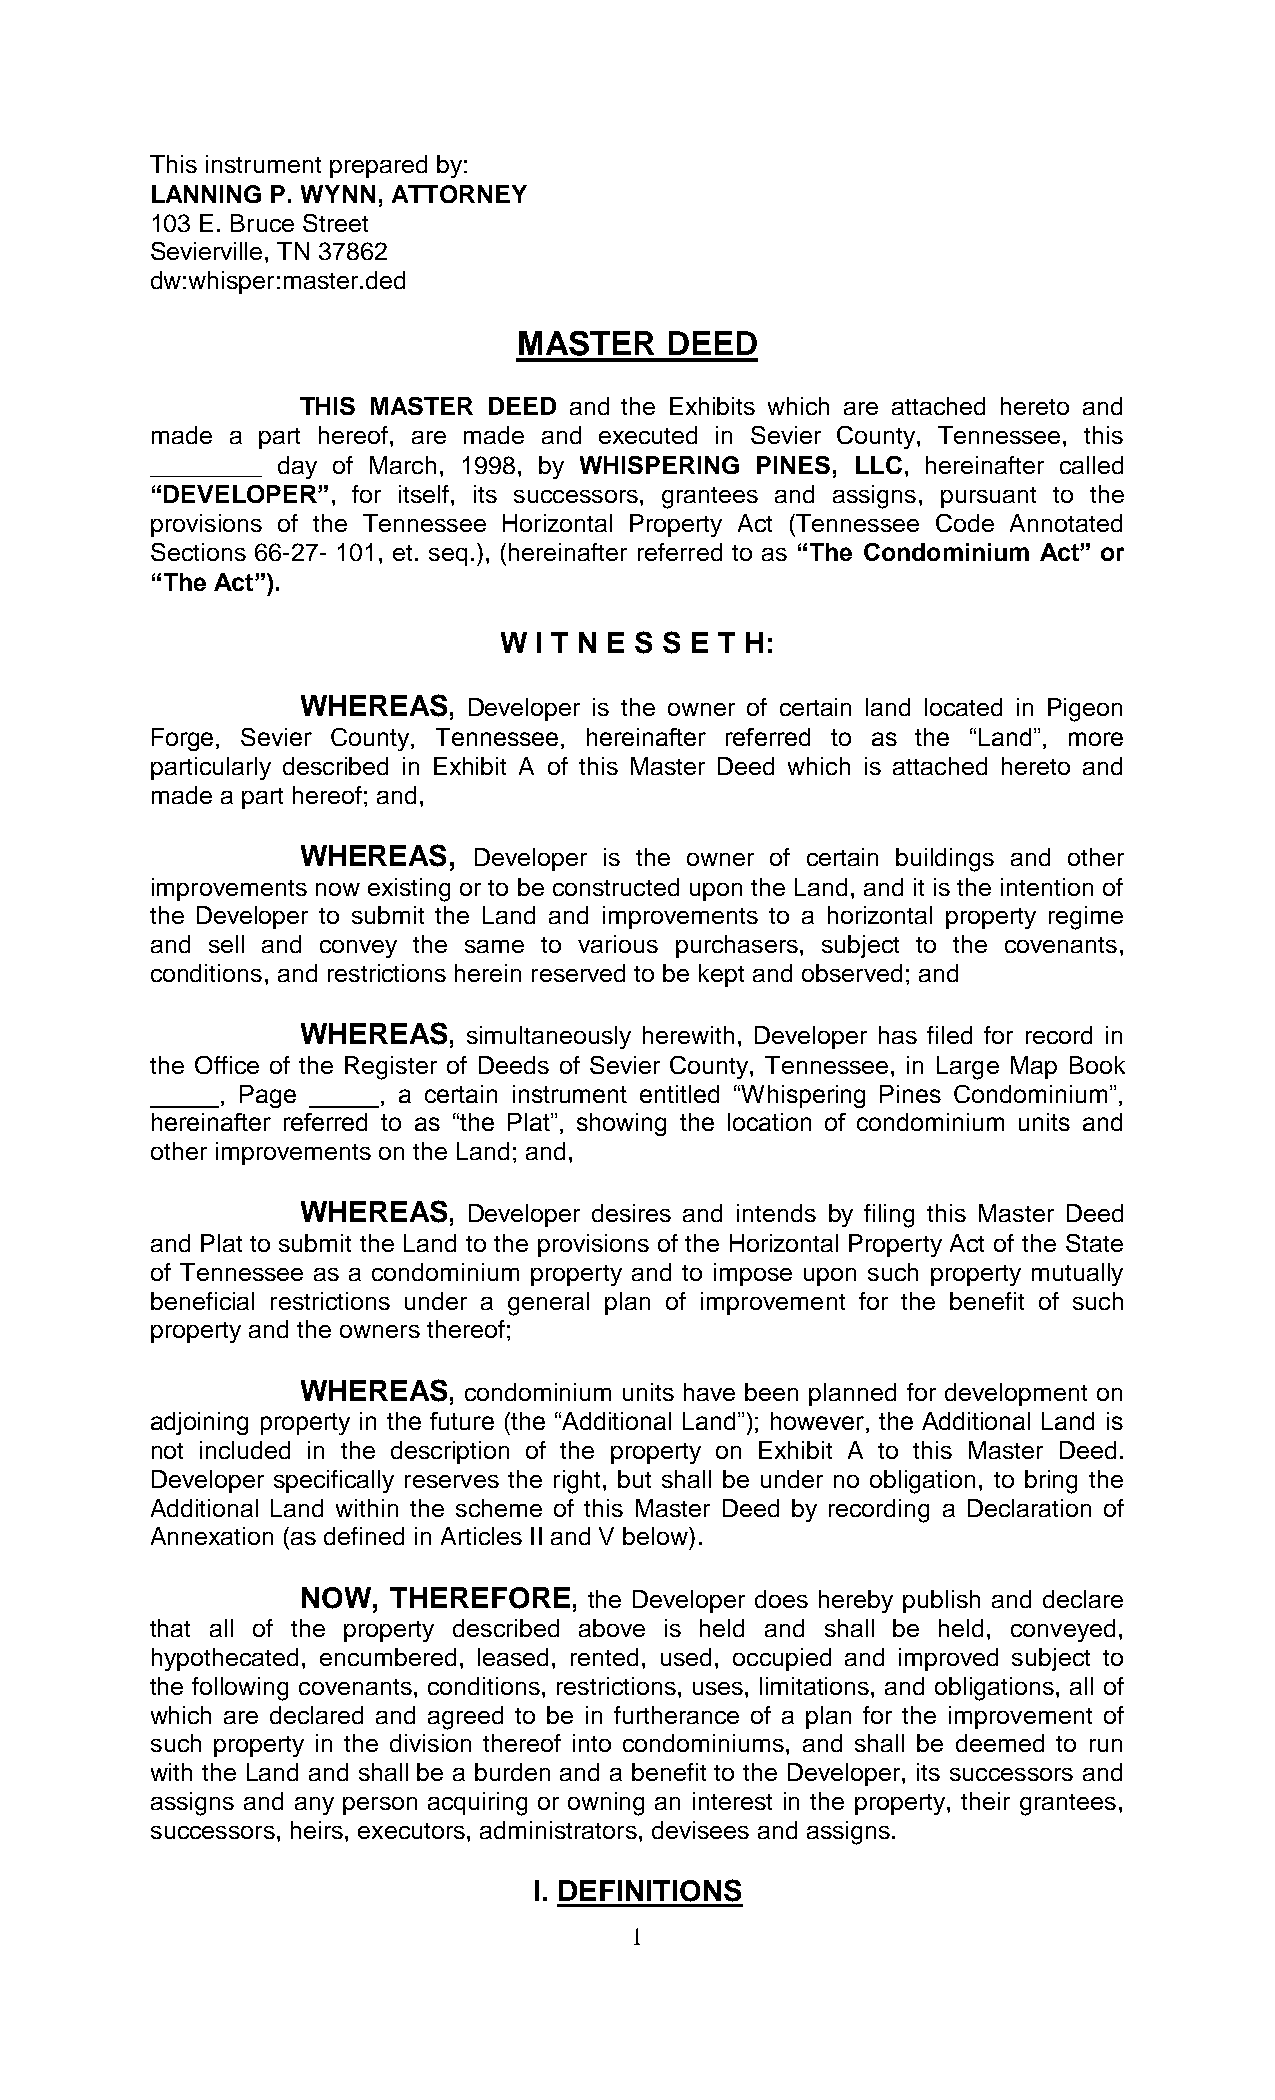
This instrument prepared by:
 LANNING P. WYNN, ATTORNEY
 103 E. Bruce Street
 Sevierville, TN 37862
 dw:whisper:master.ded
 MASTER    DEED
 THIS MASTER DEED  and the Exhibits which are attached hereto and
 made a part hereof, are made and executed in Sevier County, Tennessee, this
 ________ day of March, 1998, by WHISPERING PINES, LLC, hereinafter called
 “DEVELOPER”, for itself, its successors, grantees and assigns, pursuant to the
 provisions of the Tennessee Horizontal Property Act (Tennessee Code Annotated
 Sections 66-27- 101, et. seq.), (hereinafter referred to as “The Condominium Act” or
 “The Act”).
 W I T N E S S E T H:
 WHEREAS,   Developer is the owner of certain land located in Pigeon
 Forge, Sevier County, Tennessee, hereinafter referred to as the “Land”, more
 particularly described in Exhibit A of this Master Deed which is attached hereto and
 made a part hereof; and,
 WHEREAS,   Developer is the owner of certain buildings and other
 improvements now existing or to be constructed upon the Land, and it is the intention of
 the Developer to submit the Land and improvements to a horizontal property regime
 and sell and convey the same to various purchasers, subject to the covenants,
 conditions, and restrictions herein reserved to be kept and observed; and
 WHEREAS,   simultaneously herewith, Developer has filed for record in
 the Office of the Register of Deeds of Sevier County, Tennessee, in Large Map Book
 _____, Page _____, a certain instrument entitled “Whispering Pines Condominium”,
 hereinafter referred to as “the Plat”, showing the location of condominium units and
 other improvements on the Land; and,
 WHEREAS,   Developer desires and intends by filing this Master Deed
 and Plat to submit the Land to the provisions of the Horizontal Property Act of the State
 of Tennessee as a condominium property and to impose upon such property mutually
 beneficial restrictions under a general plan of improvement for the benefit of such
 property and the owners thereof;
 WHEREAS,   condominium units have been planned for development on
 adjoining property in the future (the “Additional Land”); however, the Additional Land is
 not included in the description of the property on Exhibit A to this Master Deed.
 Developer specifically reserves the right, but shall be under no obligation, to bring the
 Additional Land within the scheme of this Master Deed by recording a Declaration of
 Annexation (as defined in Articles II and V below).
 NOW,  THEREFORE,   the Developer does hereby publish and declare
 that all of the property described above is held and shall be held, conveyed,
 hypothecated, encumbered, leased, rented, used, occupied and improved subject to
 the following covenants, conditions, restrictions, uses, limitations, and obligations, all of
 which are declared and agreed to be in furtherance of a plan for the improvement of
 such property in the division thereof into condominiums, and shall be deemed to run
 with the Land and shall be a burden and a benefit to the Developer, its successors and
 assigns and any person acquiring or owning an interest in the property, their grantees,
 successors, heirs, executors, administrators, devisees and assigns.
 I. DEFINITIONS
 1